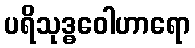
ပရိသုဒ္ဓဝေါဟာရော